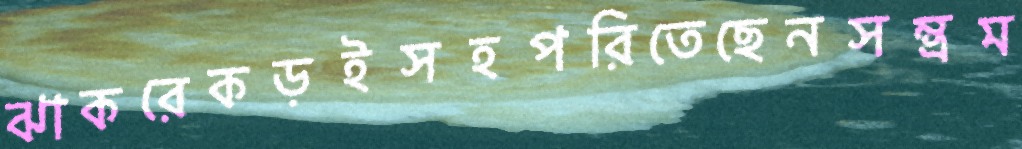
ঝাকরেকড়ইসহপরিতেছেনসম্ভ্রম